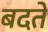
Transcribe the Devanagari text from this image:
बदते